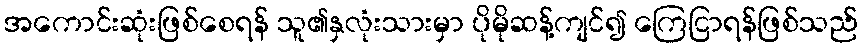
အကောင်းဆုံးဖြစ်စေရန် သူ၏နှလုံးသားမှာ ပိုမိုဆန့်ကျင်၍ ကြေငြာရန်ဖြစ်သည်